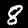
Label: 8